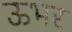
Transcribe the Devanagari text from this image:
ऊभर